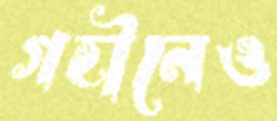
গহীনেও